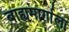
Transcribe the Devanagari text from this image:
बाह्यमार्गाला